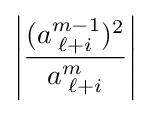
\left|{\frac {(a_{\;\ell +i}^{m-1})^{2}}{a_{\;\ell +i}^{m}}}\right|